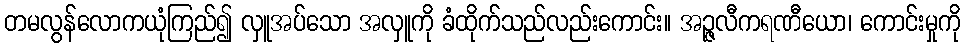
တမလွန်လောကယုံကြည်၍ လှူအပ်သော အလှူကို ခံထိုက်သည်လည်းကောင်း။ အဉ္ဇလီကရဏီယော၊ ကောင်းမှုကို